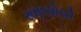
સણસોલી